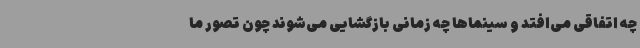
چه اتفاقی می‌افتد و سینماها چه زمانی بازگشایی می‌شوند چون تصور ما